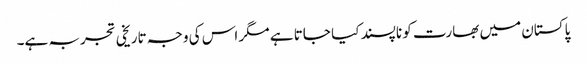
پاکستان میں بھارت کو ناپسند کیا جاتا ہے مگر اس کی وجہ تاریخی تجربہ ہے۔